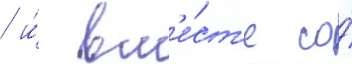
/ и́ вм'е́ст'е со́